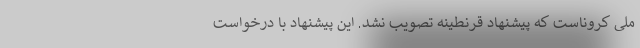
ملی کروناست که پیشنهاد قرنطینه تصویب نشد. این پیشنهاد با درخواست